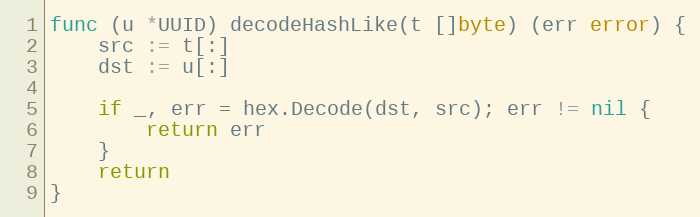
Language: Go
func (u *UUID) decodeHashLike(t []byte) (err error) {
	src := t[:]
	dst := u[:]

	if _, err = hex.Decode(dst, src); err != nil {
		return err
	}
	return
}